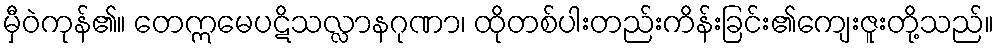
မှီဝဲကုန်၏။ တေဣမေပဋိသလ္လာနဂုဏာ၊ ထိုတစ်ပါးတည်းကိန်းခြင်း၏ကျေးဇူးတို့သည်။